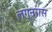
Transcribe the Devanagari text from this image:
लग्नरास